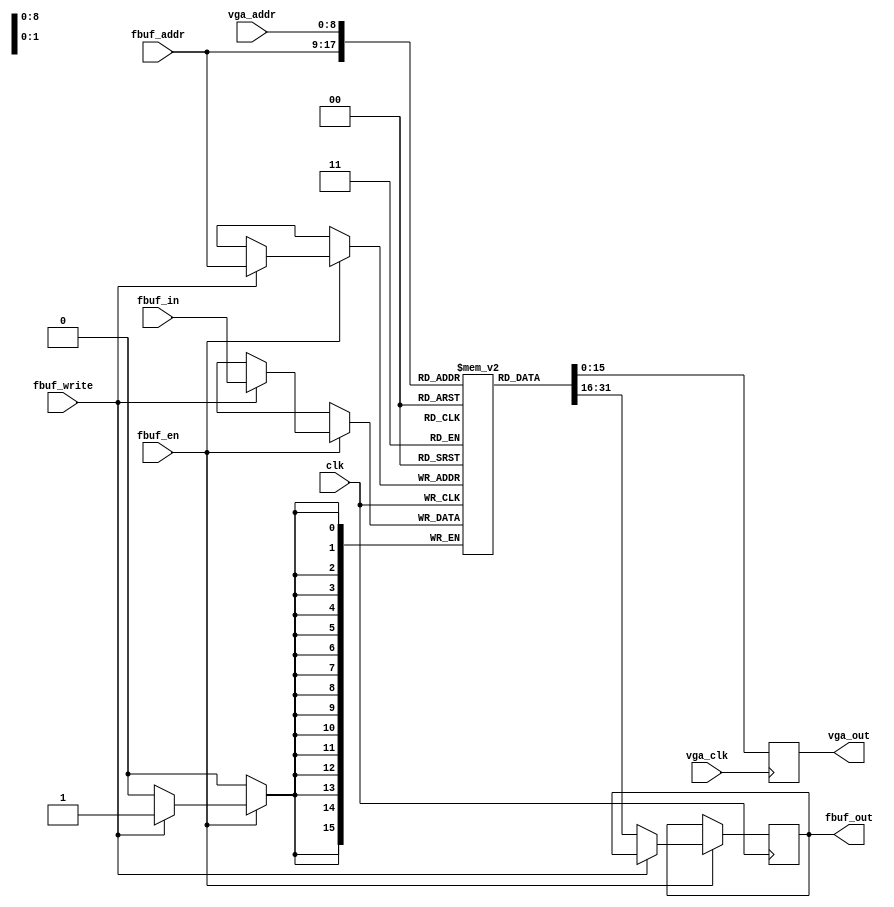
/* FPGA Chip-8
	Copyright (C) 2013-2014  Carsten Elton Sorensen

	This program is free software: you can redistribute it and/or modify
	it under the terms of the GNU General Public License as published by
	the Free Software Foundation, either version 3 of the License, or
	(at your option) any later version.

	This program is distributed in the hope that it will be useful,
	but WITHOUT ANY WARRANTY; without even the implied warranty of
	MERCHANTABILITY or FITNESS FOR A PARTICULAR PURPOSE.  See the
	GNU General Public License for more details.

	You should have received a copy of the GNU General Public License
	along with this program.  If not, see <http://www.gnu.org/licenses/>.
*/

module framebuffer(
	input             vga_clk,
	input  [8:0]      vga_addr,
	output reg [15:0] vga_out,

	input             clk,
	input             fbuf_en,
	input             fbuf_write,
	input      [8:0]  fbuf_addr,
	input      [15:0] fbuf_in,
	output reg [15:0] fbuf_out
);

reg [15:0] ram [0:511];

always @(posedge clk) begin
	if (fbuf_en) begin
		if (fbuf_write)
			ram[fbuf_addr] <= fbuf_in;
		else
			fbuf_out <= ram[fbuf_addr];
	end
end

always @(posedge vga_clk)
	vga_out <= ram[vga_addr];

endmodule